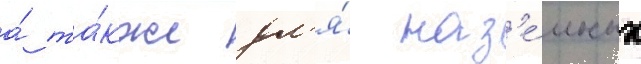
а́ та́кже дл'я́ наз'е́мных